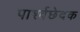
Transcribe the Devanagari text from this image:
पार्श्वछेदक